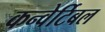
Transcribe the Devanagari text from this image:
कन्वेर्टिबल